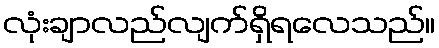
လုံးချာလည်လျက်ရှိရလေသည်။